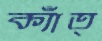
ক্যাঁত্